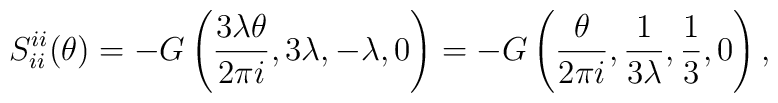
S_{ii}^{ii}(\theta )=-G\left( \frac{3\lambda \theta }{2\pi i},3\lambda,-\lambda ,0\right) =-G\left( \frac \theta {2\pi i},\frac 1{3\lambda},\frac13,0\right) ,